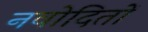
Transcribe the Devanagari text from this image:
नवोदितों